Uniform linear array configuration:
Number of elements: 16
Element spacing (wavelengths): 0.75
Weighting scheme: exponential
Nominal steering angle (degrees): -60
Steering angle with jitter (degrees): -58.224
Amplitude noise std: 0.05
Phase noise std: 0.05

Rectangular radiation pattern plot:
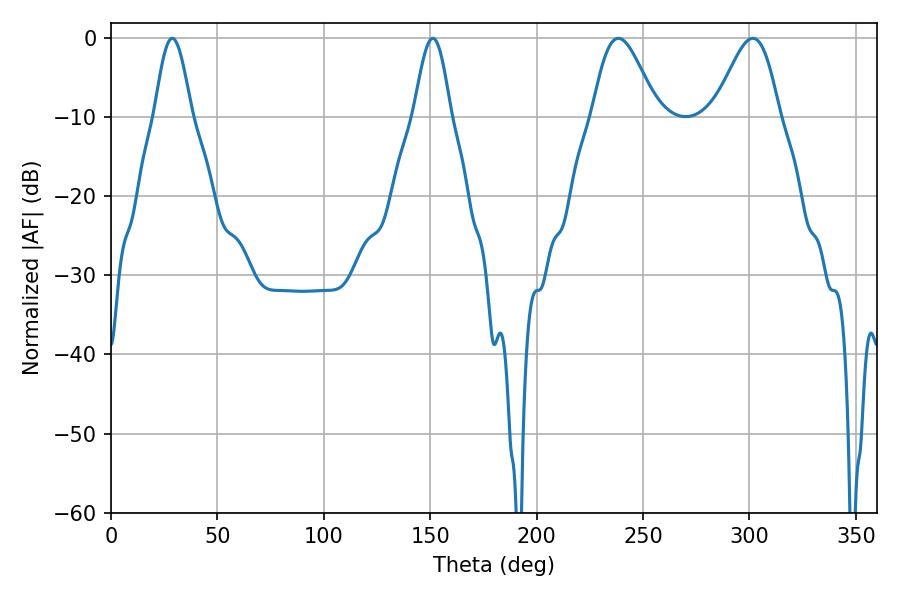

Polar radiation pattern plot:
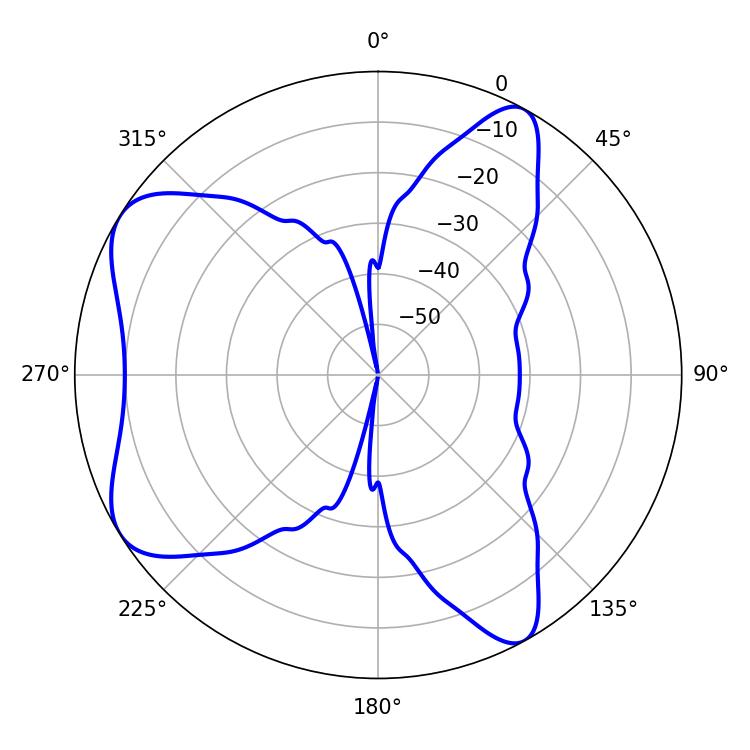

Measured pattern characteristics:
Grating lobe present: TRUE
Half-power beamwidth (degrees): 9.18
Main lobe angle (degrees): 28.8